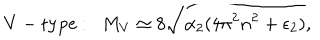
V - \mathrm { t y p e } : \ \ M _ { V } \simeq 8 \sqrt { \alpha _ { 2 } ( 4 \pi ^ { 2 } n ^ { 2 } + \epsilon _ { 2 } ) } ,